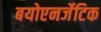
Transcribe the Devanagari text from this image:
बयोएनर्जेटिक